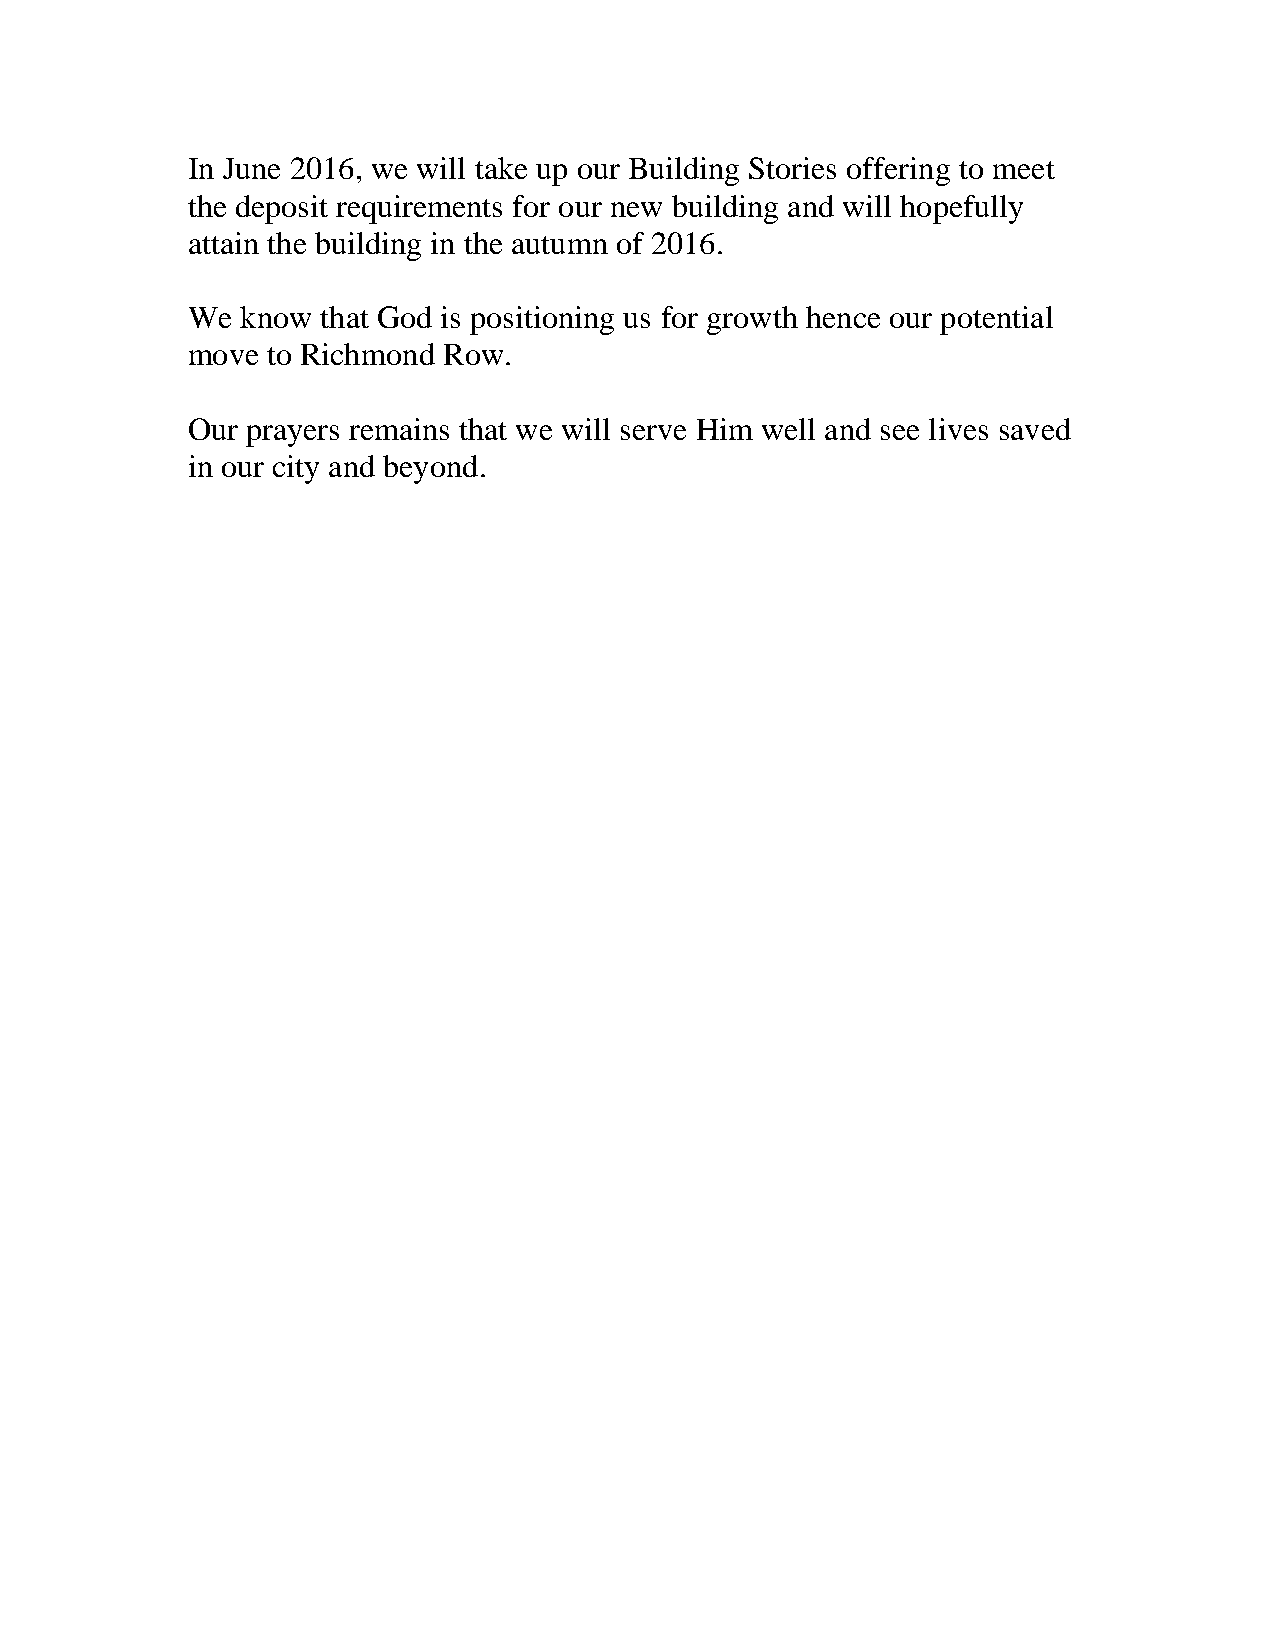
In June 2016, we will take up our Building Stories offering to meet
 the deposit requirements for our new building and will hopefully
 attain the building in the autumn of 2016.
 We  know that God is positioning us for growth hence our potential
 move  to Richmond Row.
 Our prayers remains that we will serve Him well and see lives saved
 in our city and beyond.